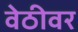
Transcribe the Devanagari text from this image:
वेठीवर